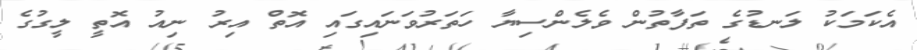
އެކަމަކު ލަނޑުގެ ތަފާތުން ވެލެންސިޔާ ހަތަރުވަނައިގައި އޮތް އިރު ނިއު އޮތީ ލީގުގެ